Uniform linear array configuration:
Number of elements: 64
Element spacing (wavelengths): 0.75
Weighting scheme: exponential
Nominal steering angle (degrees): -15
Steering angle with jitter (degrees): -16.431
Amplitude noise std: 0.05
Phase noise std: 0.05

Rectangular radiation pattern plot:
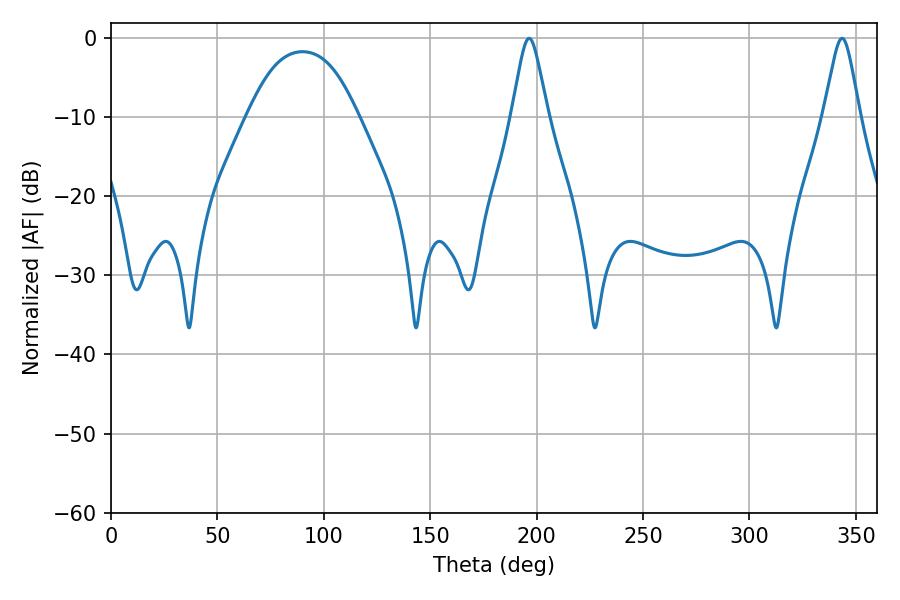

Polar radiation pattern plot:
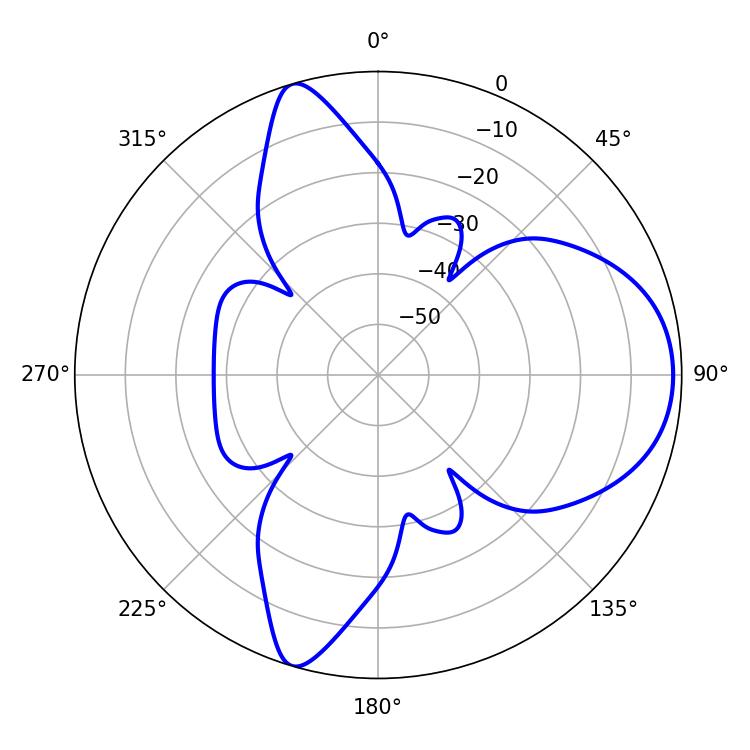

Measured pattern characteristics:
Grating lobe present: TRUE
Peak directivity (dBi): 8.179
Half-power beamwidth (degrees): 7.92
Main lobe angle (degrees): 343.44